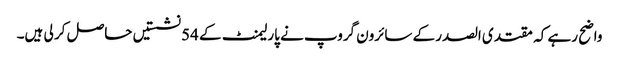
واضح رہے کہ مقتدی الصدر کے سائرون گروپ نے پارلیمنٹ کے 54 نشستیں حاصل کر لی ہیں۔